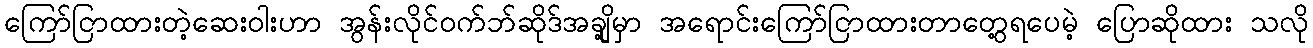
ကြော်ငြာထားတဲ့ဆေးဝါးဟာ အွန်းလိုင်ဝက်ဘ်ဆိုဒ်အချို့မှာ အရောင်းကြော်ငြာထားတာတွေ့ရပေမဲ့ ပြောဆိုထား သလို